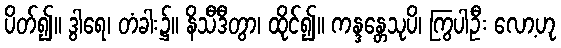
ပိတ်၍။ ဒွါရေ၊ တံခါး၌။ နိသီဒီတွာ၊ ထိုင်၍။ ကန္ဒန္တေသုပိ၊ ကြွပါဦး လော့ဟု